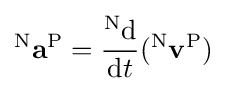
{}^{\mathrm {N} }\mathbf {a} ^{\mathrm {P} }={\frac {^{\mathrm {N} }\mathrm {d} }{\mathrm {d} t}}({}^{\mathrm {N} }\mathbf {v} ^{\mathrm {P} })